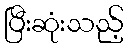
ပြီးဆုံးသည့်